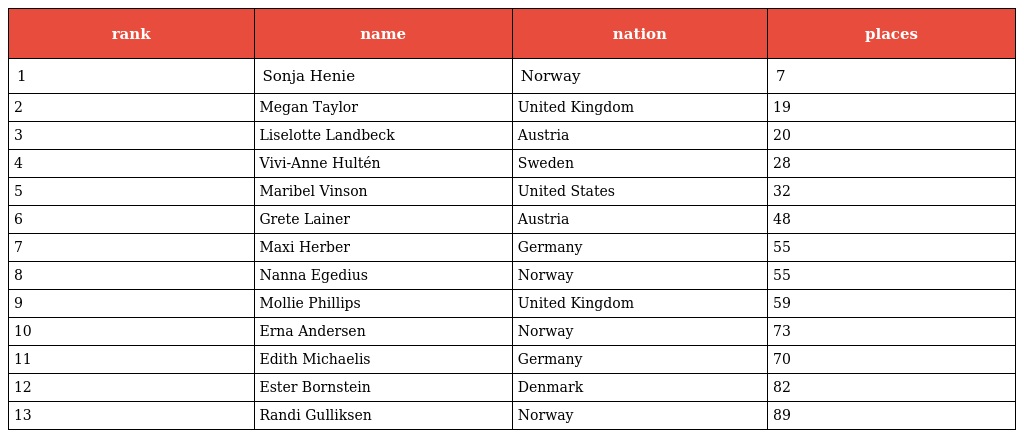
| rank | name | nation | places |
 | --- | --- | --- | --- |
 | 1 | Sonja Henie | Norway | 7 |
 | 2 | Megan Taylor | United Kingdom | 19 |
 | 3 | Liselotte Landbeck | Austria | 20 |
 | 4 | Vivi-Anne Hultén | Sweden | 28 |
 | 5 | Maribel Vinson | United States | 32 |
 | 6 | Grete Lainer | Austria | 48 |
 | 7 | Maxi Herber | Germany | 55 |
 | 8 | Nanna Egedius | Norway | 55 |
 | 9 | Mollie Phillips | United Kingdom | 59 |
 | 10 | Erna Andersen | Norway | 73 |
 | 11 | Edith Michaelis | Germany | 70 |
 | 12 | Ester Bornstein | Denmark | 82 |
 | 13 | Randi Gulliksen | Norway | 89 |